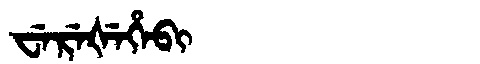
Manchu: ᠸᡝᡵᡝᡧᡝᡥᡝᠪᡳ
Romanization: WEREŠEHEBI